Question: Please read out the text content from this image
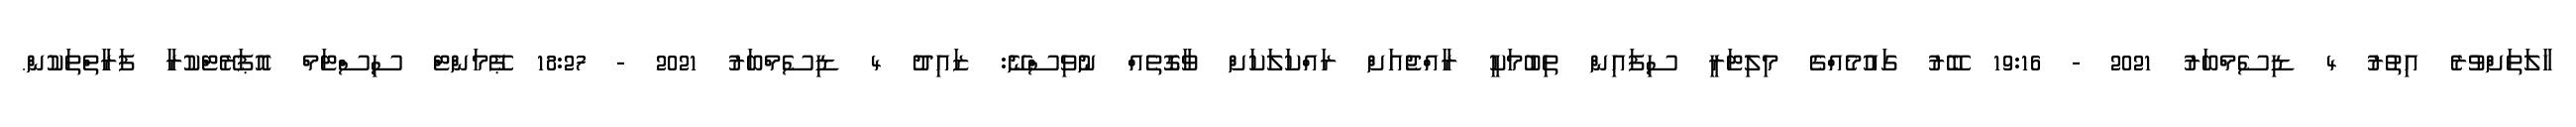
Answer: ހާލަތަށްވުރެ އިތުރު 4 ޑިސެމްބަރު 2021 - 19:16 ބޭރު ގައުމެއްގެ މިލިޓަރީ ސިފައިން ތިބުމަކީ ރާއްޖެއަށް ރައްކަލަކަށް ވާގޮތެއް ނުވިސްނޭ: ޒައިދު 4 ޑިސެމްބަރު 2021 - 18:27 ޕޭމަންޓް ސިސްޓަމް އޮޕަރޭޓްކުރާ ފަރާތްތަކުން.